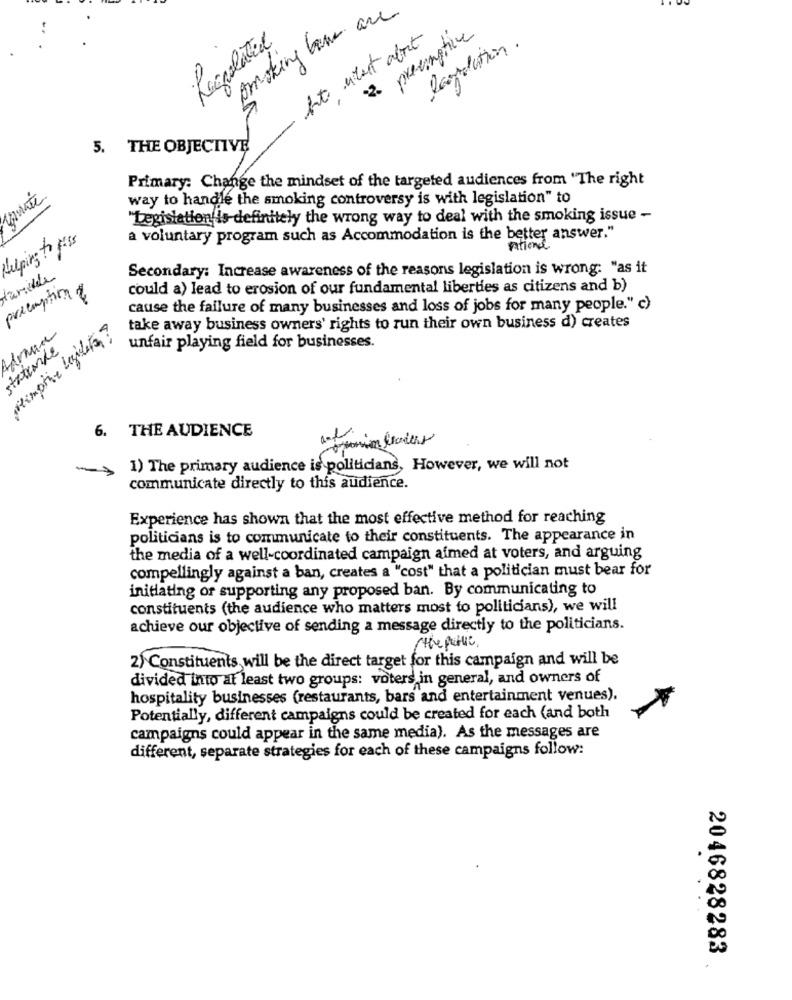
S smoking have are
2 provingtive
Regolatil
legislation.
5. THE OBJECTIVE
-
Primary: Change the mindset of the targeted audiences from "The right
way to handle the smoking controversy is with legislation" to
"Legislation is definitely the wrong way to deal with the smoking issue -
helping to pass
a voluntary program such as Accommodation is the better answer."
national
Secondary: Increase awareness of the reasons legislation is wrong: "as it
tariddle
preemption &
could a) lead to erosion of our fundamental liberties as citizens and b)
cause the failure of many businesses and loss of jobs for many people." c)
impie Legilite?
take away business owners' rights to run their own business d) creates
stationde
unfair playing field for businesses.
6. THE AUDIENCE
1) The primary audience is politicians, However, we will not
communicate directly to this audience.
Experience has shown that the most effective method for reaching
politicians is to communicate to their constituents. The appearance in
the media of a well-coordinated campaign aimed at voters, and arguing
compellingly against a ban, creates a "cost" that a politician must bear for
initiating or supporting any proposed ban. By communicating to
constituents (the audience who matters most to politicians), we will
achieve our objective of sending a message directly to the politicians.
( the parue .
2) Constituents will be the direct target for this campaign and will be
divided into at least two groups: voters in general, and owners of
hospitality businesses (restaurants, bars and entertainment venues).
Potentially, different campaigns could be created for each (and both
campaigns could appear in the same media). As the messages are
different, separate strategies for each of these campaigns follow:
2046828283